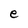
Character: e